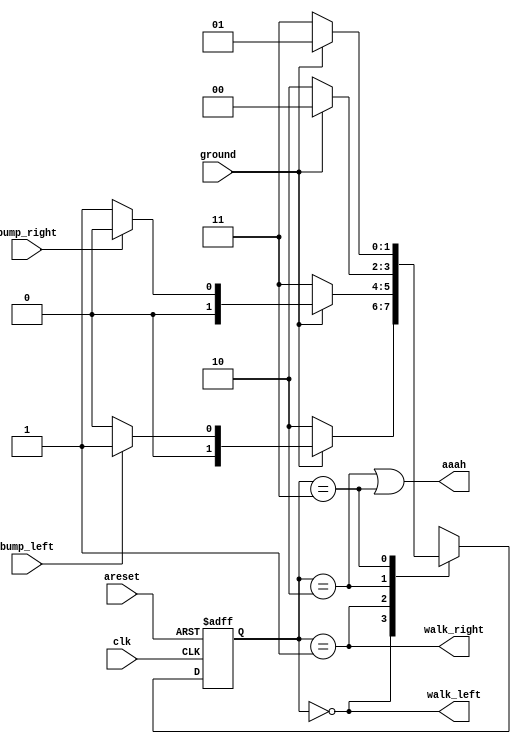
module top_module(
    input clk,
    input areset,    // Freshly brainwashed Lemmings walk left.
    input bump_left,
    input bump_right,
    input ground,
    output walk_left,
    output walk_right,
    output aaah ); 
    // state
	parameter LEFT=2'd0, RIGHT=2'd1, LEFTFALL=2'd2, RIGHTFALL=2'd3;
    reg [1:0]state;
    reg [1:0]next_state;
    always@(*)begin
        case(state)
            LEFT: next_state = ground?(bump_left?RIGHT:LEFT):LEFTFALL;
            RIGHT: next_state = ground?(bump_right?LEFT:RIGHT):RIGHTFALL;
            LEFTFALL: next_state = ground?(LEFT):LEFTFALL;
            RIGHTFALL: next_state = ground?(RIGHT):RIGHTFALL;
            default: next_state = ground?(bump_left?RIGHT:LEFT):LEFTFALL;
        endcase
    end
    always@(posedge clk, posedge areset)begin
        if(areset)
            state <= LEFT;
        else
            state <= next_state;
    end
    assign walk_left = state==LEFT;
    assign walk_right = state==RIGHT;
    assign aaah = state==LEFTFALL|state==RIGHTFALL;
endmodule